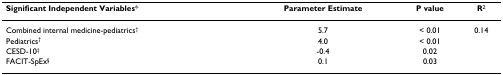
| Significant Independent Variables* | Parameter Estimate | P value | R2 |
 | --- | --- | --- | --- |
 | Combined internal medicine-pediatrics† | 5.7 | < 0.01 | 0.14 |
 | Pediatrics† | 4.0 | < 0.01 |  |
 | CESD-10‡ | -0.4 | 0.02 |  |
 | FACIT-SpEx§ | 0.1 | 0.03 |  |